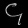
Digit: ၄